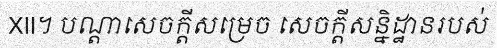
XII។ បណ្តាសេចក្តីសម្រេច សេចក្តីសន្និដ្ឋានរបស់